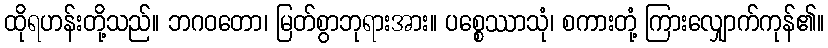
ထိုရဟန်းတို့သည်။ ဘဂဝတော၊ မြတ်စွာဘုရားအား။ ပစ္စေဿာသုံ၊ စကားတုံ့ ကြားလျှောက်ကုန်၏။